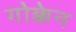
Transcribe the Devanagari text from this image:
गोक्केन